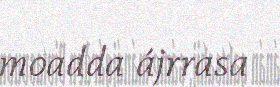
moadda ájrrasa